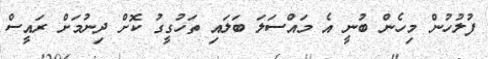
ފުލުހުން މިހެން ބުނީ އެ މައްސަލަ ބަލައި ތަހުގީގު ކޮށް ދިނުމަށް ރައީސް